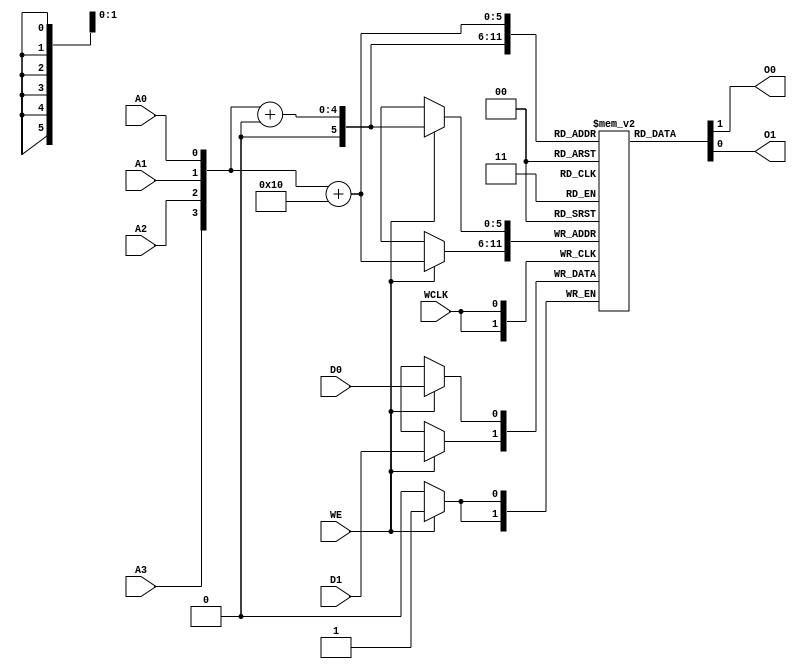
// $Header: /devl/xcs/repo/env/Databases/CAEInterfaces/verunilibs/s/RAM16X2S.v,v 1.8 2003/01/21 01:55:41 wloo Exp $

/*

FUNCTION	: 16x2 Static RAM with synchronous write capability

*/

`timescale  100 ps / 10 ps


module RAM16X2S (O0, O1, A0, A1, A2, A3, D0, D1, WCLK, WE);

    parameter INIT_00 = 16'h0000;
    parameter INIT_01 = 16'h0000;

    output O0, O1;

    input  A0, A1, A2, A3, D0, D1, WCLK, WE;

    reg  mem [32:0];
    reg  [8:0] count;
    wire [3:0] adr;
    wire [1:0] d_in, o_out;
    wire wclk_in, we_in;

    buf b_d0   (d_in[0], D0);
    buf b_d1   (d_in[1], D1);
    buf b_wclk (wclk_in, WCLK);
    buf b_we   (we_in, WE);

    buf b_a3 (adr[3], A3);
    buf b_a2 (adr[2], A2);
    buf b_a1 (adr[1], A1);
    buf b_a0 (adr[0], A0);

    buf b_o0 (O0, o_out[0]);
    buf b_o1 (O1, o_out[1]);

    buf b_o_out0 (o_out[0], mem[adr + 16 * 0]);
    buf b_o_out1 (o_out[1], mem[adr + 16 * 1]);

    initial begin
	for (count = 0; count < 16; count = count + 1) begin
	    mem[count + 16 * 0] <= INIT_00[count];
	    mem[count + 16 * 1] <= INIT_01[count];
	end
    end

    always @(posedge wclk_in) begin
	if (we_in == 1'b1) begin
	    mem[adr + 16 * 0] <= d_in[0];
	    mem[adr + 16 * 1] <= d_in[1];
	end
    end

    specify
	if (WE)
	    (WCLK => O0) = (0, 0);
	if (WE)
	    (WCLK => O1) = (0, 0);

	(A3 => O0) = (0, 0);
	(A2 => O0) = (0, 0);
	(A1 => O0) = (0, 0);
	(A0 => O0) = (0, 0);
	(A3 => O1) = (0, 0);
	(A2 => O1) = (0, 0);
	(A1 => O1) = (0, 0);
	(A0 => O1) = (0, 0);
    endspecify

endmodule